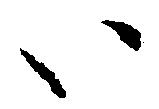
い